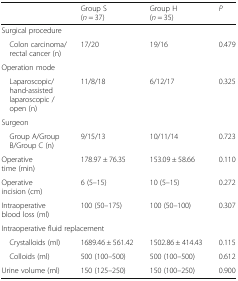
<table><thead><tr><td></td><td><b>Group S (<i>n</i> = 37)</b></td><td><b>Group H (<i>n</i> = 35)</b></td><td><b><i>P</i></b></td></tr></thead><tbody><tr><td colspan="4">Surgical procedure</td></tr><tr><td> Colon carcinoma/rectal cancer (n)</td><td>17/20</td><td>19/16</td><td>0.479</td></tr><tr><td colspan="4">Operation mode</td></tr><tr><td> Laparoscopic/hand-assisted laparoscopic / open (n)</td><td>11/8/18</td><td>6/12/17</td><td>0.325</td></tr><tr><td colspan="4">Surgeon</td></tr><tr><td> Group A/Group B/Group C (n)</td><td>9/15/13</td><td>10/11/14</td><td>0.723</td></tr><tr><td>Operative time (min)</td><td>178.97 ± 76.35</td><td>153.09 ± 58.66</td><td>0.110</td></tr><tr><td>Operative incision (cm)</td><td>6 (5–15)</td><td>10 (5–15)</td><td>0.272</td></tr><tr><td>Intraoperative blood loss (ml)</td><td>100 (50–175)</td><td>100 (50–100)</td><td>0.307</td></tr><tr><td colspan="4">Intraoperative fluid replacement</td></tr><tr><td> Crystalloids (ml)</td><td>1689.46 ± 561.42</td><td>1502.86 ± 414.43</td><td>0.115</td></tr><tr><td> Colloids (ml)</td><td>500 (100–500)</td><td>500 (100–500)</td><td>0.612</td></tr><tr><td>Urine volume (ml)</td><td>150 (125–250)</td><td>150 (100–250)</td><td>0.900</td></tr></tbody></table>